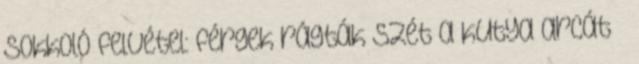
Sokkoló felvétel: férgek rágták szét a kutya arcát –